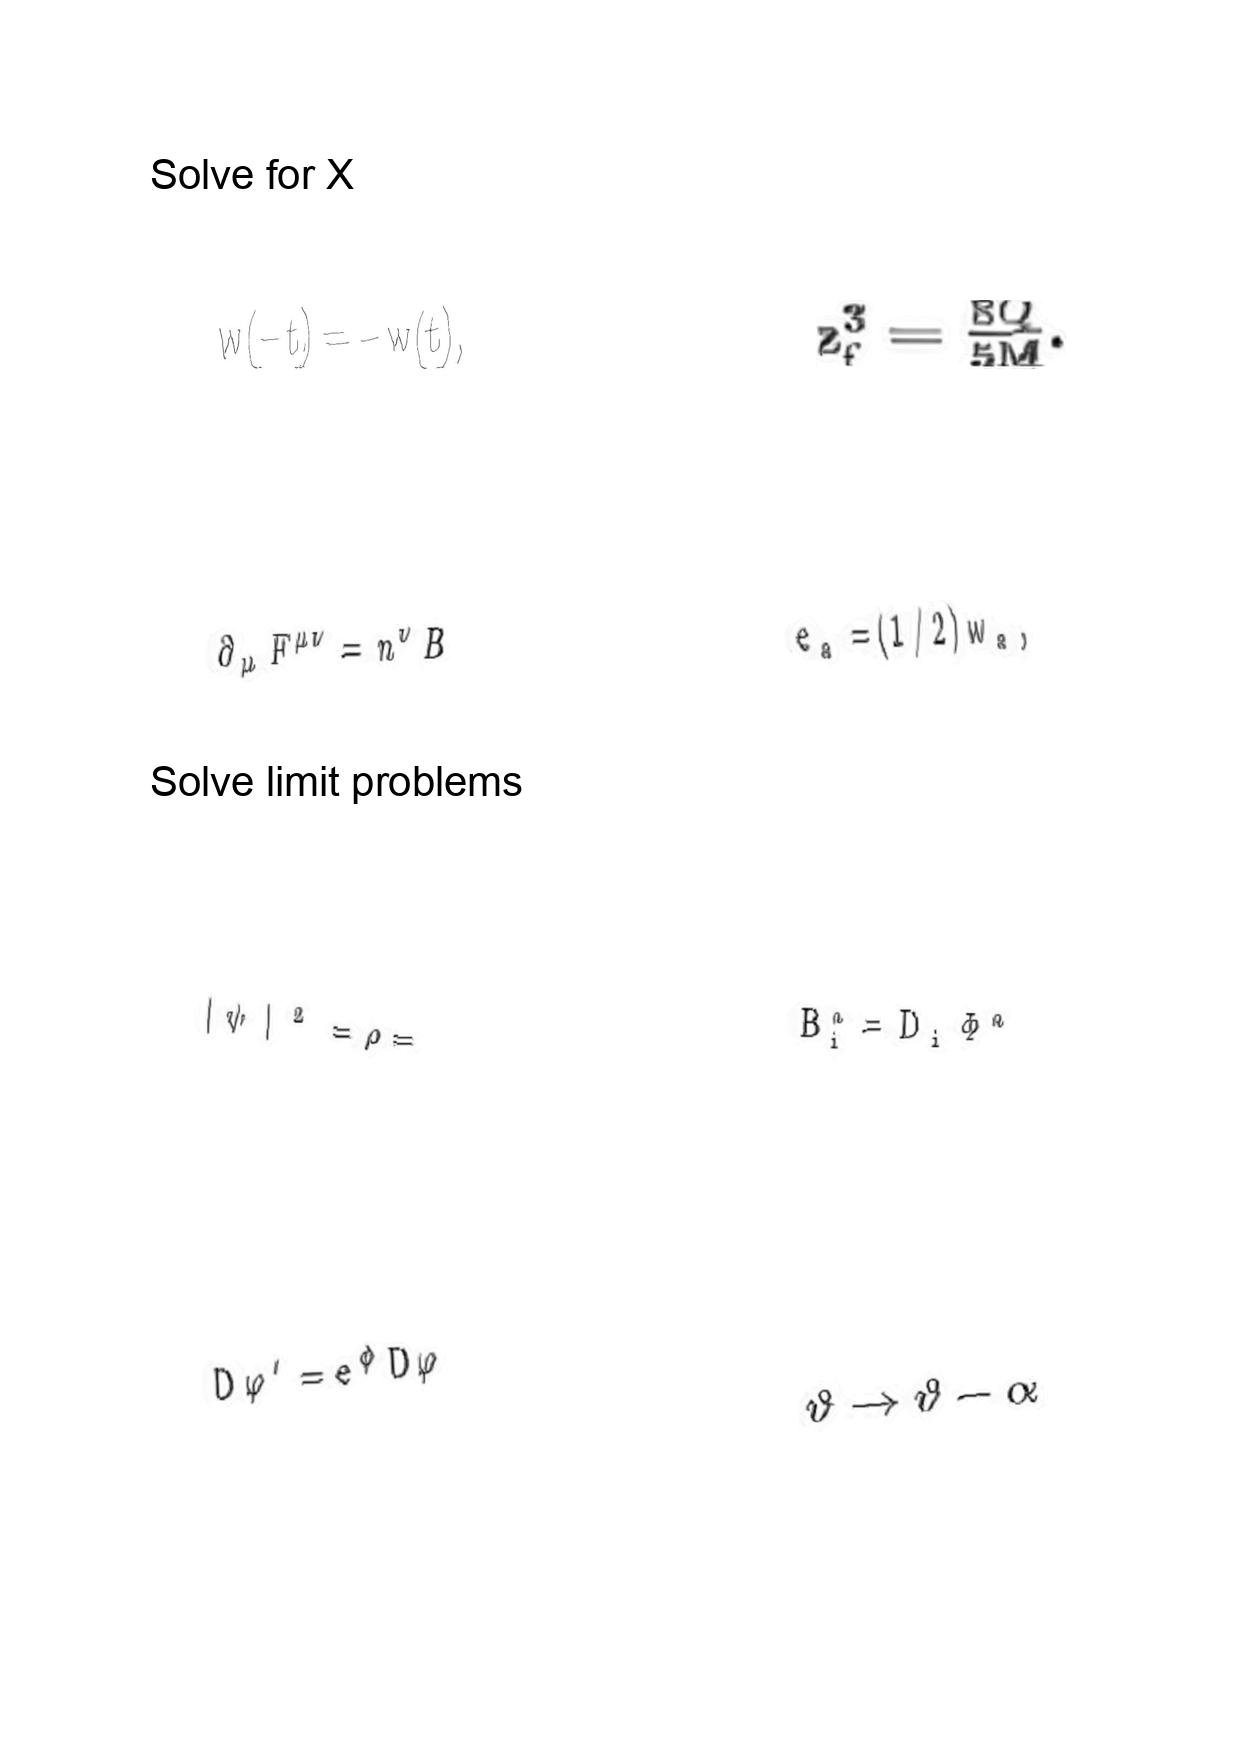
LaTeX transcription:
w \lparen - t \rparen = - w \lparen t \rparen ,
\partial _ { \mu } F ^ { \mu \nu } = n ^ { \nu } B
\vert \psi \vert ^ { 2 } = \rho =
D \varphi ^ { \prime } = e ^ { \phi } D \varphi
z _ { f } ^ { 3 } = \frac { 8 Q } { 5 M } .
e _ { a } = \lparen 1 / 2 \rparen w _ { a } ,
B _ { i } ^ { a } = D _ { i } \Phi ^ { a }
\vartheta \rightarrow \vartheta - \alpha